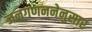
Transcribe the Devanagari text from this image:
जनगणननेनुसार